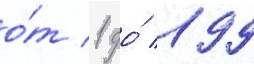
о́т 1 до́ 199